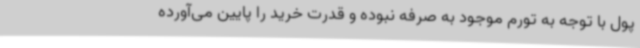
پول با توجه به تورم موجود به صرفه نبوده و قدرت خرید را پایین می‌آورده